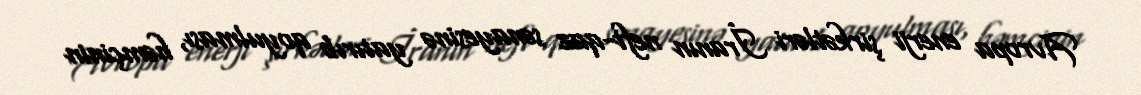
Avropa enerji şirkətləri İranın neft-qaz sənayesinə yatırıb qoyulması, həmçinin